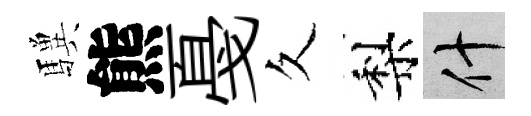
驥熊戞久梨什